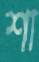
শা